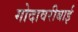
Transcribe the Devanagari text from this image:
गोदावरीबाई